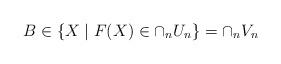
LaTeX: \begin{align*}B\in \{X \mid F(X)\in\cap_n U_n\} = \cap_n V_n\end{align*}